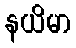
နယိမာ